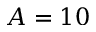
A = 1 0